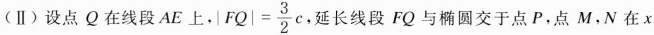
(Ⅱ)设点Q在线段AE上， $$| F Q | = \frac { 3 } { 2 } c$$ 延长线段FQ与椭圆交于点P，点M，N在x轴